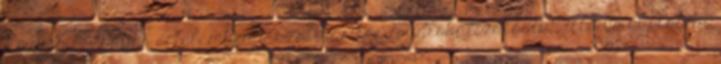
Közben bizonyos értelemben a szolidaritás is „globalizálódik”, illetve ökológiai